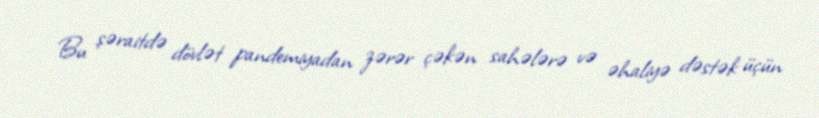
Bu şəraitdə dövlət pandemiyadan zərər çəkən sahələrə və əhaliyə dəstək üçün